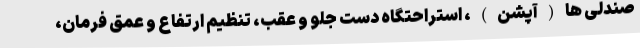
صندلی ها(آپشن)، استراحتگاه دست جلو و عقب، تنظیم ارتفاع و عمق فرمان،